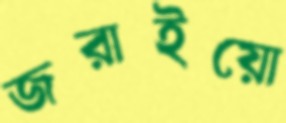
জরাইয়ো